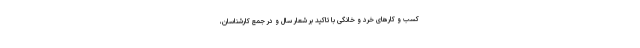
کسب و کارهای خرد و خانگی با تاکید بر شعار سال و در جمع کارشناسان،